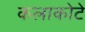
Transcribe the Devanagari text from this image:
कलाकोटे